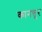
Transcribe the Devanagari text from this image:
कानत्तूर